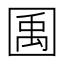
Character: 𫭎